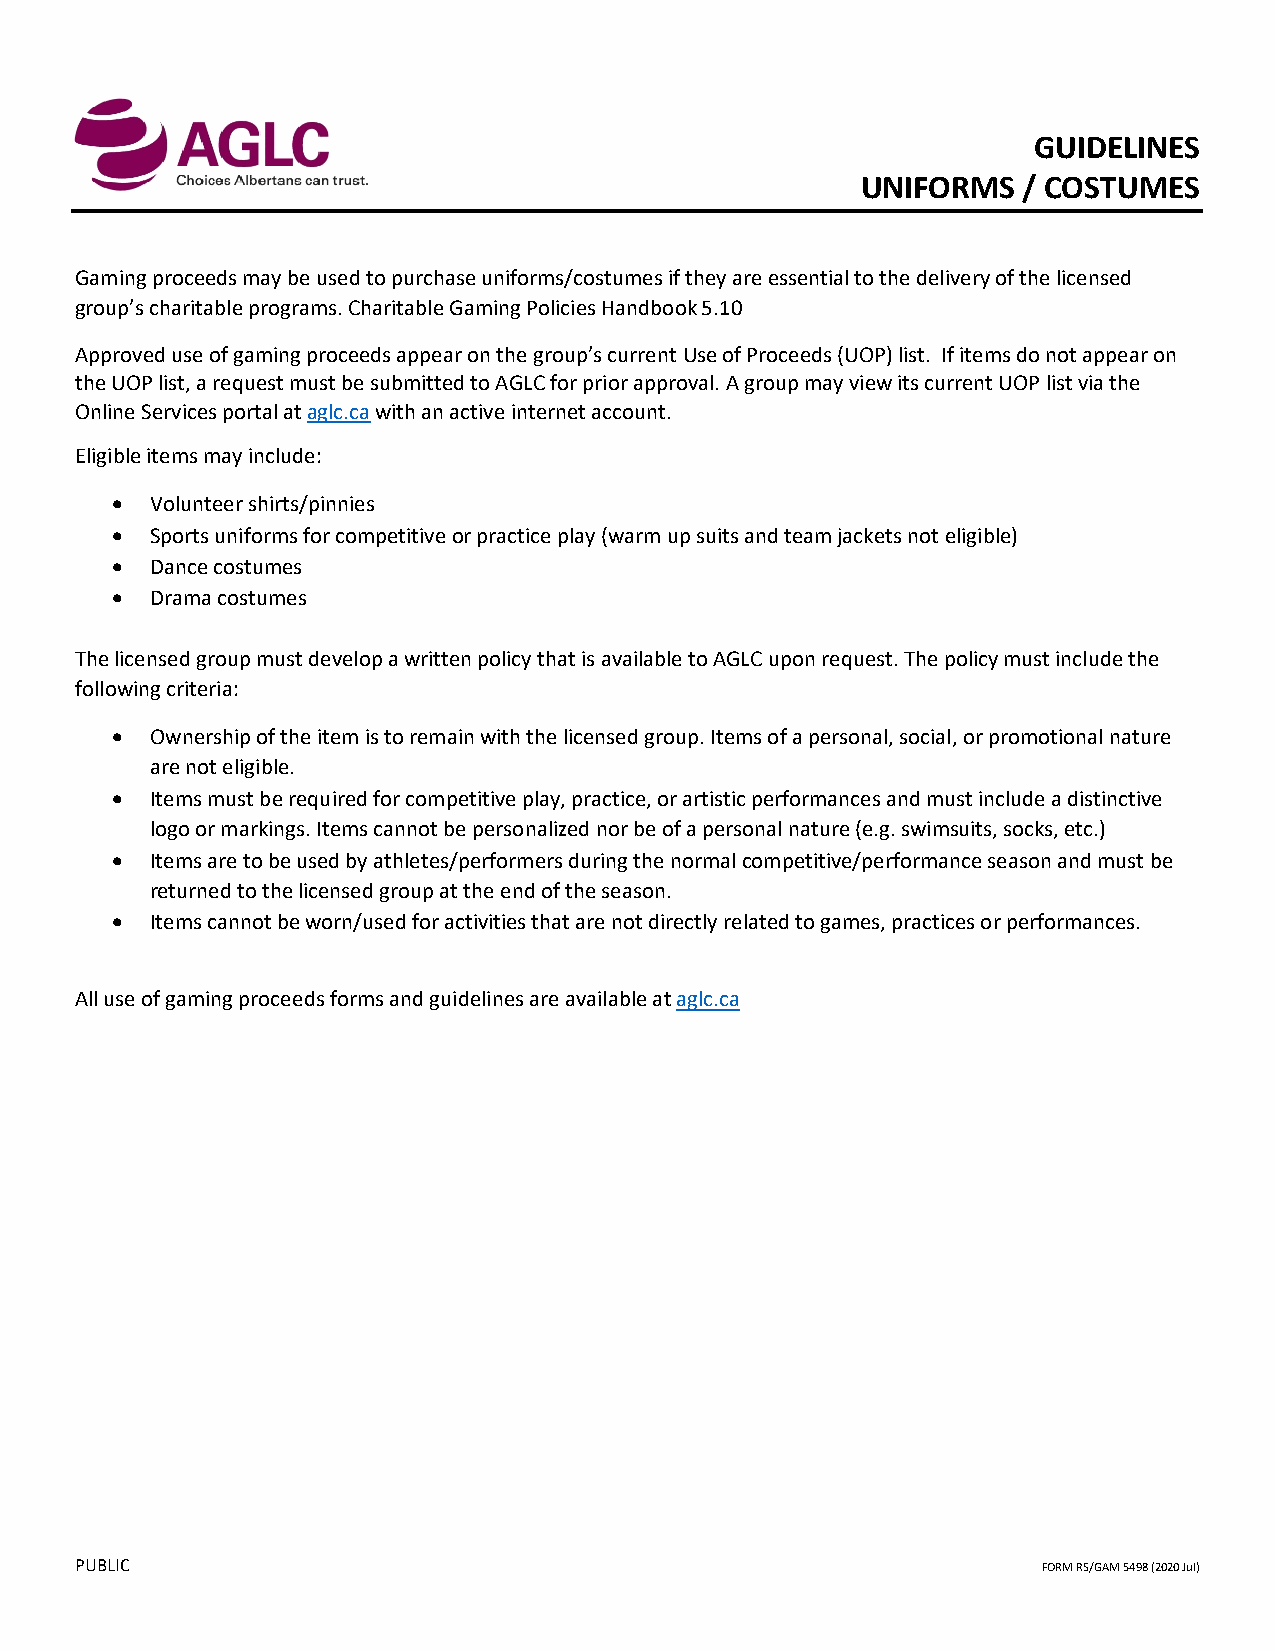
GUIDELINES
 UNIFORMS   / COSTUMES
 Gaming proceeds may be used to purchase uniforms/costumes if they are essential to the delivery of the licensed
 group’s charitable programs. Charitable Gaming Policies Handbook 5.10
 Approved use of gaming proceeds appear on the group’s current Use of Proceeds (UOP) list. If items do not appear on
 the UOP list, a request must be submitted to AGLC for prior approval. A group may view its current UOP list via the
 Online Services portal at aglc.ca with an active internet account.
 Eligible items may include:
   Volunteer shirts/pinnies
   Sports uniforms for competitive or practice play (warm up suits and team jackets not eligible)
   Dance costumes
   Drama costumes
 The licensed group must develop a written policy that is available to AGLC upon request. The policy must include the
 following criteria:
   Ownership of the item is to remain with the licensed group. Items of a personal, social, or promotional nature
 are not eligible.
   Items must be required for competitive play, practice, or artistic performances and must include a distinctive
 logo or markings. Items cannot be personalized nor be of a personal nature (e.g. swimsuits, socks, etc.)
   Items are to be used by athletes/performers during the normal competitive/performance season and must be
 returned to the licensed group at the end of the season.
   Items cannot be worn/used for activities that are not directly related to games, practices or performances.
 All use of gaming proceeds forms and guidelines are available at aglc.ca
 PUBLIC                                                          FORM RS/GAM 5498 (2020 Jul)